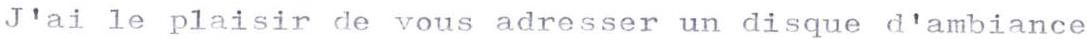
J'ai le plaisir de vous adresser un disque d'ambiance